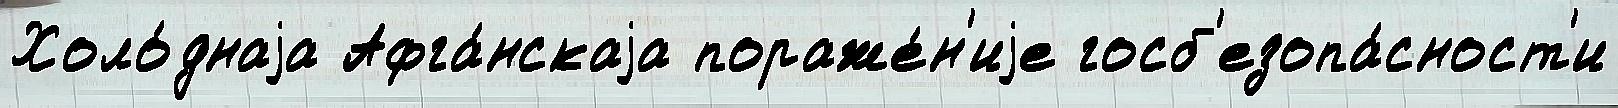
Холо́днаjа Афга́нскаjа пораже́н'иjе госб'езопа́сност'и